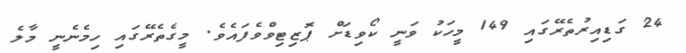
24 ގަޑިއިރުތެރޭގައި 149 މީހަކު ވަނީ ކޯވިޑަށް ޕޮޒިޓިވްވެފައެވެ. މީގެތެރޭގައި ހިމެނެނީ މާލެ